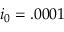
i _ { 0 } = . 0 0 0 1